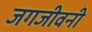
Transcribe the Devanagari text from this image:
जगजीवनी